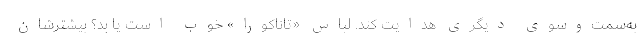
به‌سمت‌وسوی دیگری هدایت کند. لباس «تاناکورا» خوب است یا بد؟ بیشترشان